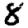
Digit: 8